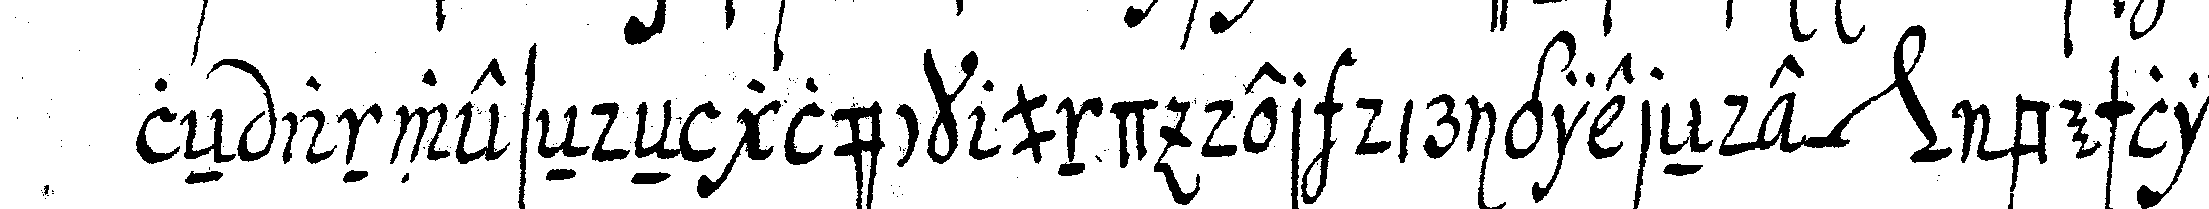
leN anweseNdeN glück und der dirigiereNde *nee* beschlie